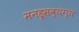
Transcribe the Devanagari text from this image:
मनहूसव्यंग्य